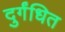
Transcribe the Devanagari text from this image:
दुर्गंधित